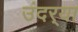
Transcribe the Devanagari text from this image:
उंदर्‍या